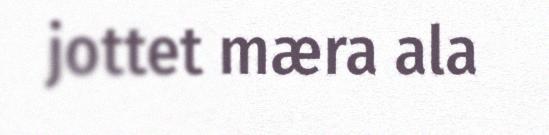
jottet mæra ala